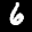
Label: 6